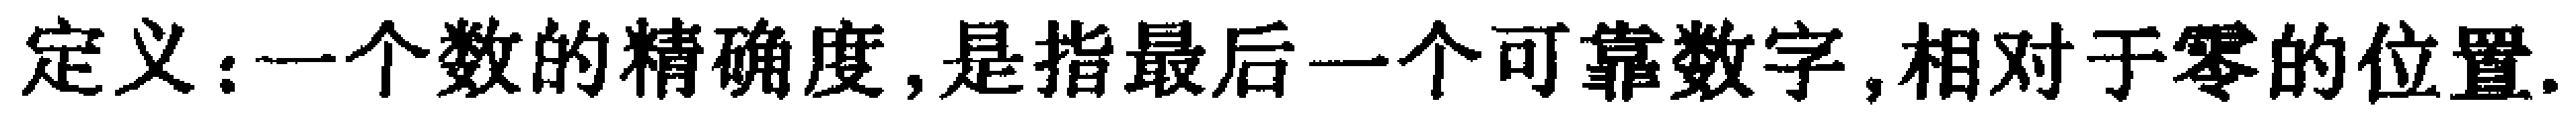
定义：一个数的精确度,是指最后一个可靠数字,相对于零的位置.